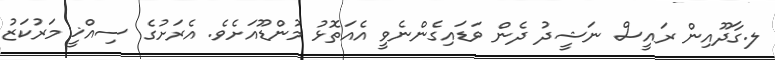
ލ.ގާދޫއިން ރައީސް ނަޝީދު ދެން ވަޑައިގެންނެވީ އެއަތޮޅު މުންޑޫއަށެވެ. އެރަށުގެ ސިއްޚީ މަރުކަޒު